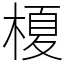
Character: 榎